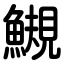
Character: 䲅